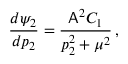
\frac { d \psi _ { 2 } } { d p _ { 2 } } = \frac { \mathsf { A } ^ { 2 } C _ { 1 } } { p _ { 2 } ^ { 2 } + \mu ^ { 2 } } \, ,